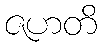
ဇဟတိ